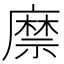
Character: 𢋎